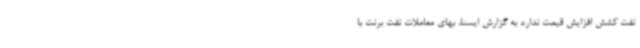
نفت کشش افزایش قیمت ندارد به گزارش ایسنا، بهای معاملات نفت برنت با